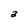
Character: a